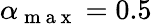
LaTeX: \alpha_{\mathrm{~m~a~x~}}=0.5